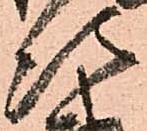
次